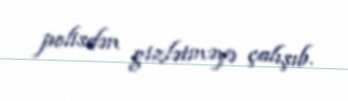
polisdən gizlətməyə çalışıb.